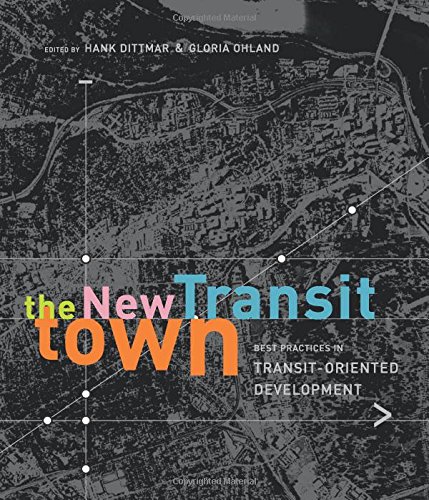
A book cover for The New Transit Town: Best Practices In Transit-Oriented Development; Engineering & Transportation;